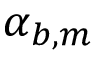
\alpha _ { b , m }